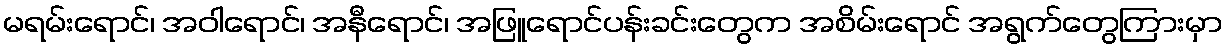
မရမ်းရောင်၊ အဝါရောင်၊ အနီရောင်၊ အဖြူရောင်ပန်းခင်းတွေက အစိမ်းရောင် အရွက်တွေကြားမှာ